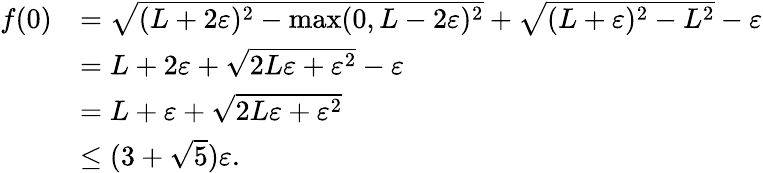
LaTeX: \begin{array}{rl}{f(0)}&{=\sqrt{(L+2\varepsilon)^{2}-\operatorname*{max}(0,L-2\varepsilon)^{2}}+\sqrt{(L+\varepsilon)^{2}-L^{2}}-\varepsilon}\\ &{=L+2\varepsilon+\sqrt{2L\varepsilon+\varepsilon^{2}}-\varepsilon}\\ &{=L+\varepsilon+\sqrt{2L\varepsilon+\varepsilon^{2}}}\\ &{\leq(3+\sqrt{5})\varepsilon.}\end{array}